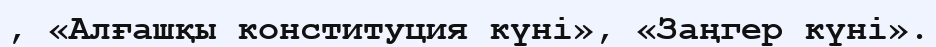
, «Алғашқы конституция күні», «Заңгер күні».